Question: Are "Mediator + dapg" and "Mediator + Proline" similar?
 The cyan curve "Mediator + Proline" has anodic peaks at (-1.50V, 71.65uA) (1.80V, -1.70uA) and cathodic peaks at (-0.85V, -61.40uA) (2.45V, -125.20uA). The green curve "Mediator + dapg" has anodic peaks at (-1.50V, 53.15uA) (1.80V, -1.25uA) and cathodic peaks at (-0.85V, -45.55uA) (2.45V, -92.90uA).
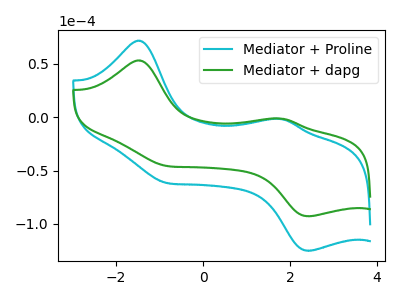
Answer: <think>All the peaks in "Mediator + dapg" have a peak in "Mediator + Proline" at the same potential.
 </think>
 <answer>"Mediator + dapg" and "Mediator + Proline" are similar in shape.</answer>
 <eval>same_shape</eval>